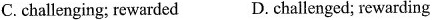
C. challenging; rewarded D. challenged; rewarding